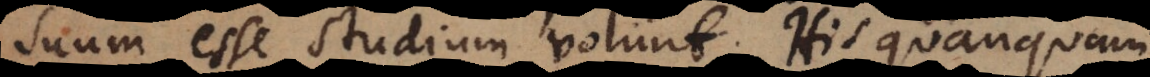
suum esse studium volunt. His quanquam